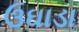
ઉઘાડા